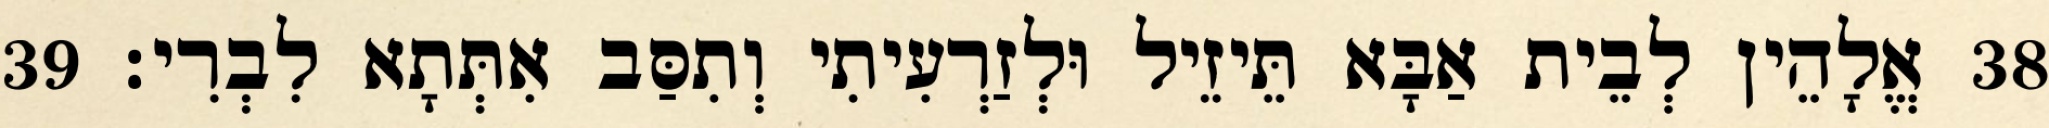
38 אֱלָהֵין לְבֵית אַבָּא תֵּיזֵיל וּלְזַרְעִיתִי וְתִסַּב אִתְּתָא לִבְרִי׃ 39